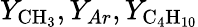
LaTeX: Y_{\mathrm{{CH_{3}}}},Y_{Ar},Y_{\mathrm{{C_{4}H_{10}}}}